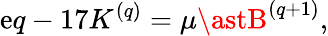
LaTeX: \mathrm{e}q-17K^{(q)}=\mu\astB^{(q+1)},